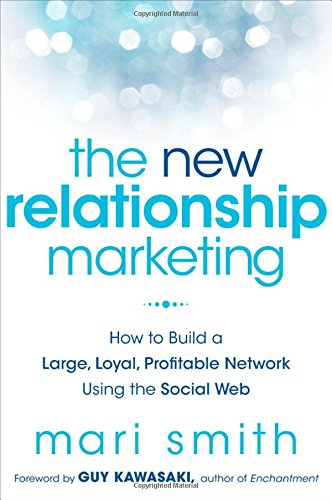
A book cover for The New Relationship Marketing: How to Build a Large, Loyal, Profitable Network Using the Social Web; Mari Smith; Computers & Technology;